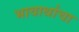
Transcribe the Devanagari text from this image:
भावार्थाचा